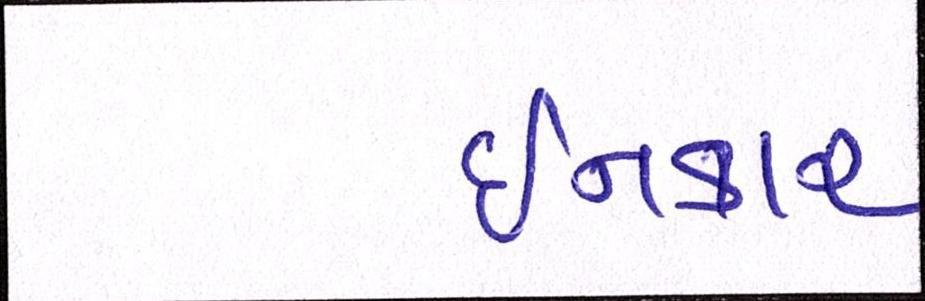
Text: ઈનકાર